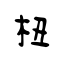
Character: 杻